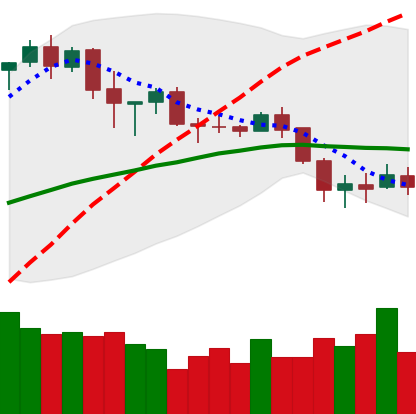
Ticker: BNB-USD
Chart end date: 2020-03-01
Forward return: 12.261%
Label: up_7plus